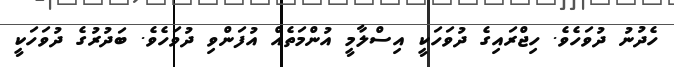
ހެދުނު ދުވަހެވެ. ހިޖްރައިގެ ދުވަހަކީ އިސްލާމީ އުންމަތެއް އުފަންވި ދުވަހެވެ. ބަދުރުގެ ދުވަހަކީ